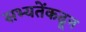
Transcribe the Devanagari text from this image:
सभ्यतेंकढून